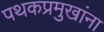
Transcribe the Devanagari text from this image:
पथकप्रमुखांना